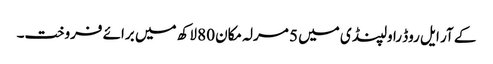
کے آر ایل روڈ راولپنڈی میں 5 مرلہ مکان 80 لاکھ میں برائے فروخت۔